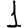
Digit: 1